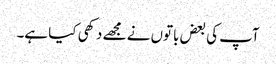
آپ کی بعض باتوں نے مجھے دکھی کیا ہے۔